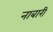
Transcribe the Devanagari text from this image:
नाबारी